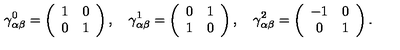
\gamma _ { \alpha \beta } ^ { 0 } = \left( \begin{array} { c c } { 1 } & { 0 } \\ { 0 } & { 1 } \\ \end{array} \right) , \quad \gamma _ { \alpha \beta } ^ { 1 } = \left( \begin{array} { c c } { 0 } & { 1 } \\ { 1 } & { 0 } \\ \end{array} \right) , \quad \gamma _ { \alpha \beta } ^ { 2 } = \left( \begin{array} { c c } { - 1 } & { 0 } \\ { 0 } & { 1 } \\ \end{array} \right) .